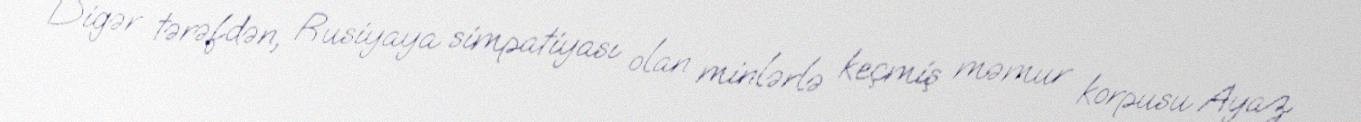
Digər tərəfdən, Rusiyaya simpatiyası olan minlərlə keçmiş məmur korpusu Ayaz